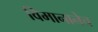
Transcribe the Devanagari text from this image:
विमानानेच